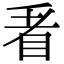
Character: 𭥬